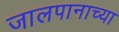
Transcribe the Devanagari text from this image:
जालपानाच्या